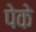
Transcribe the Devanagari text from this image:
पेके